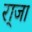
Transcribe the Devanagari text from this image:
रा्जा